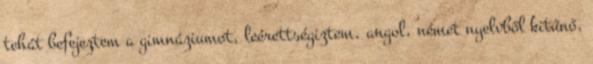
tehát befejeztem a gimnáziumot, leérettségiztem, angol, német nyelvből kitűnő,